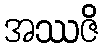
အဿဇိ